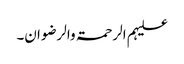
علیہم الرحمۃ والرضوان۔